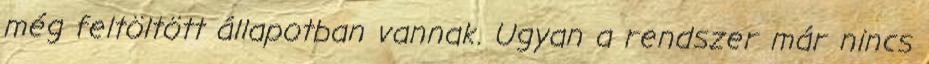
még feltöltött állapotban vannak. Ugyan a rendszer már nincs